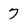
Character: 7